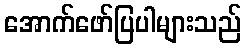
အောက်ဖော်ပြပါများသည်